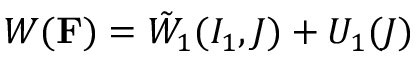
W ( \mathbf { F } ) = \Tilde { W } _ { 1 } ( I _ { 1 } , J ) + U _ { 1 } ( J )